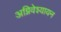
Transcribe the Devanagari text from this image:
अग्निवेश्यायन